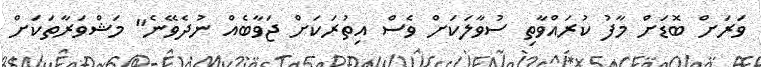
ވަރަށް ބޮޑަށް މާފު ކުރައްވާތި ސުވާލަކަށް ވެސް އިތުރަކަށް ޖަވާބެއް ނުދެވޭނެ" މަޝްވަރާތަކަށް